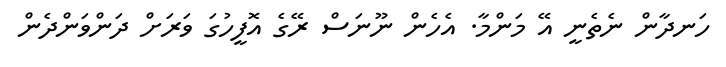
ހަނދާން ނެތެނީ އޭ މަންމާ. އެހެން ނޫނަސް ރޭގެ އޮފީހުގަ ވަރަށް ދަންވަންދެން